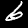
Digit: 6